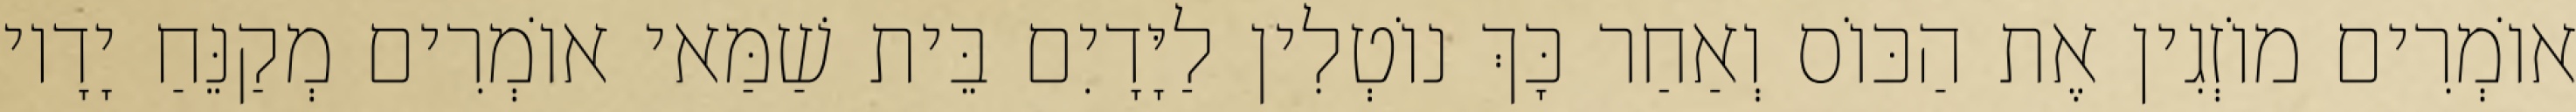
אוֹמְרִים מוֹזְגִין אֶת הַכּוֹס וְאַחַר כָּךְ נוֹטְלִין לַיָּדָיִם בֵּית שַׁמַּאי אוֹמְרִים מְקַנֵּחַ יָדָיו